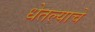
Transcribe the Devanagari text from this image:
धेतल्याचे